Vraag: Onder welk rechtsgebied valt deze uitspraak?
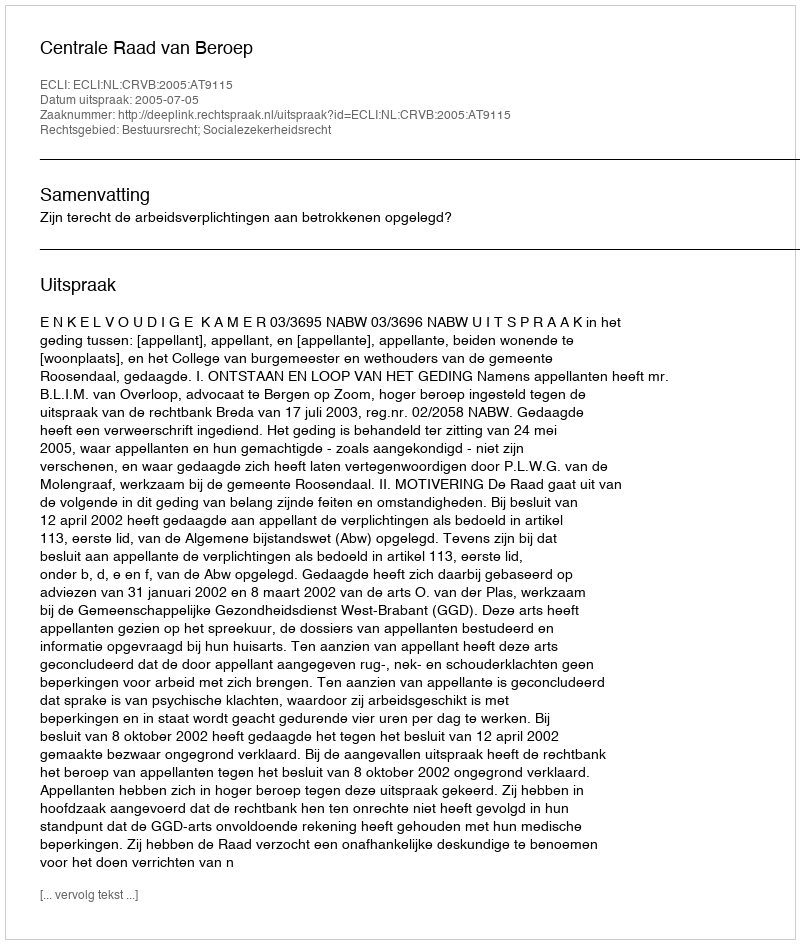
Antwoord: Bestuursrecht; Socialezekerheidsrecht